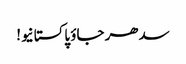
سدھر جاؤ پاکستانیو!